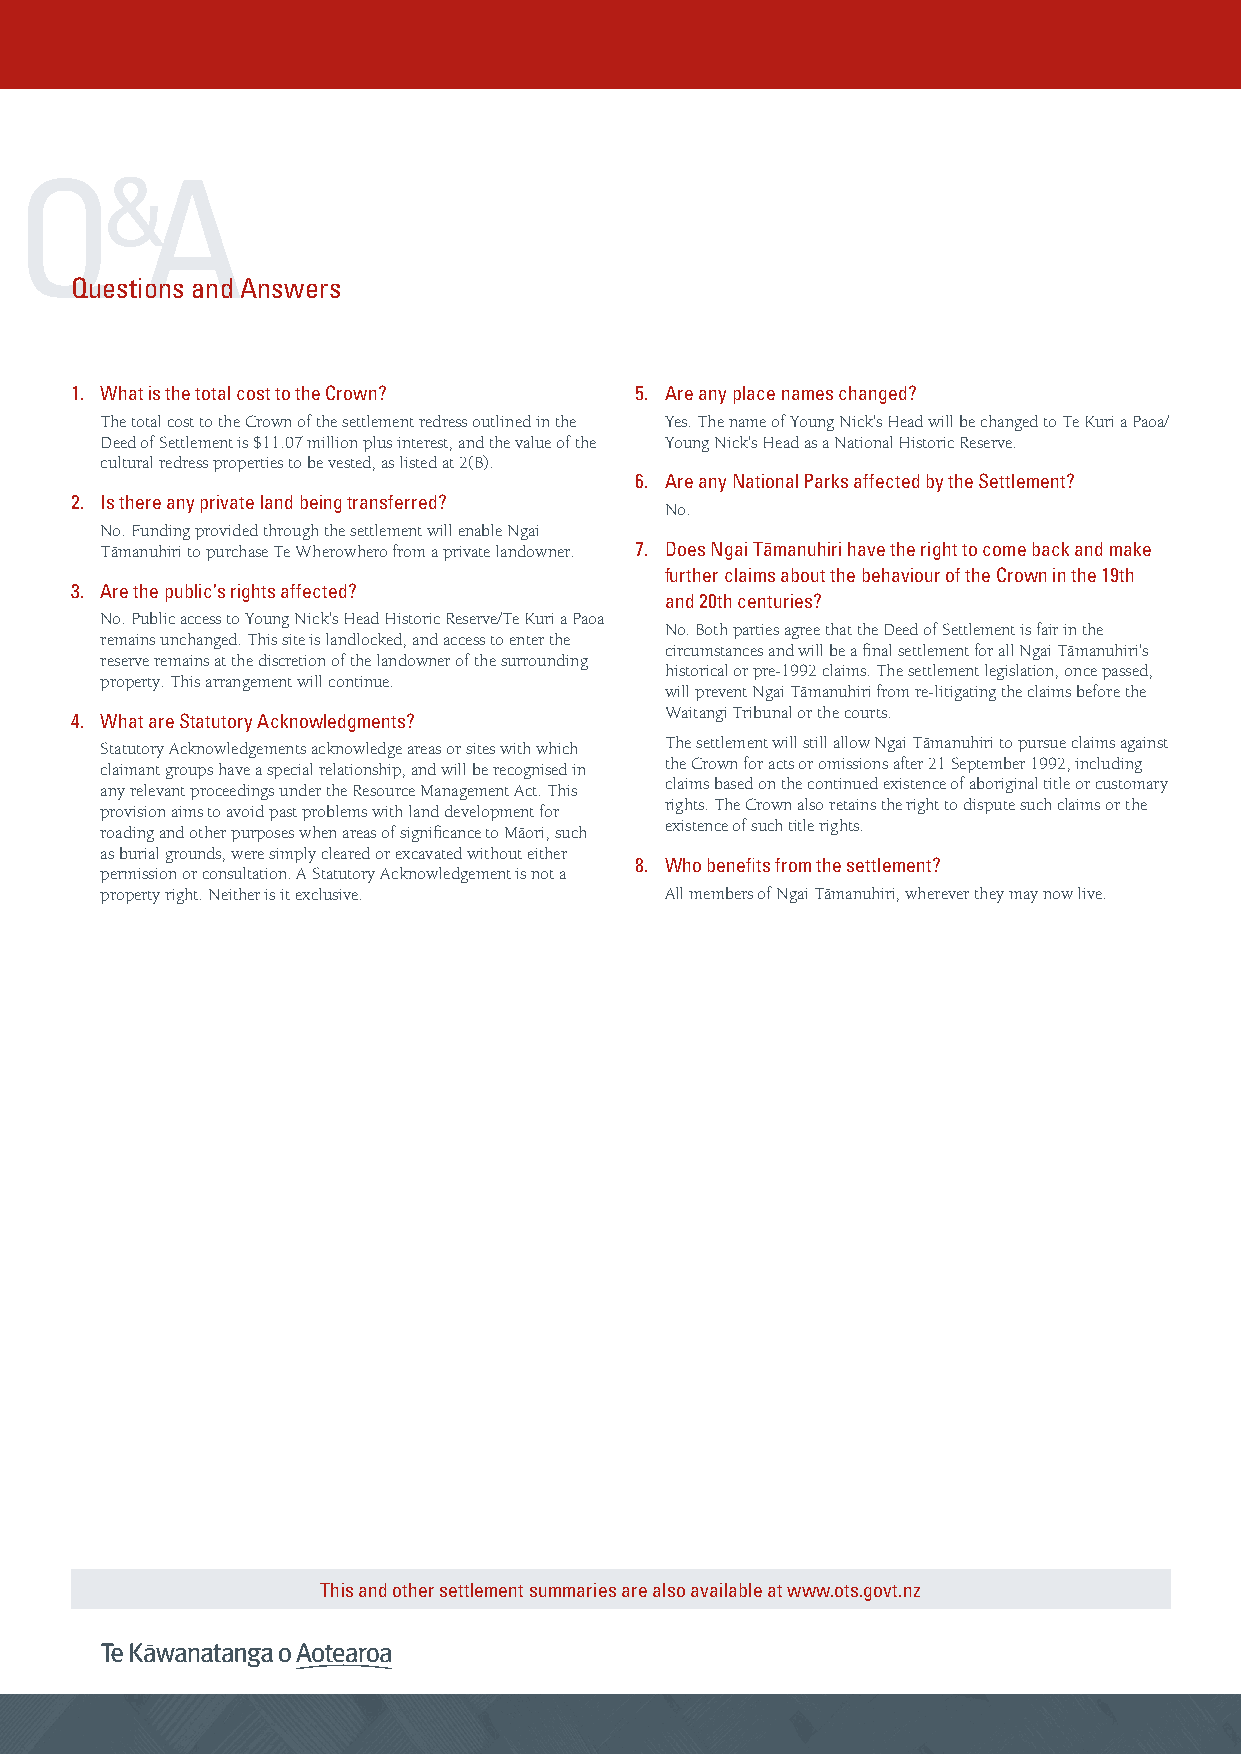
Q&A
 Questions and Answers
 1. What is the total cost to the Crown? 5. Are any place names changed?
 The total cost to the Crown of the settlement redress outlined in the Yes. The name of Young Nick’s Head will be changed to Te Kuri a Paoa/
 Deed of Settlement is $11.07 million plus interest, and the value of the Young Nick’s Head as a National Historic Reserve.
 cultural redress properties to be vested, as listed at 2(B).
 6. Are any National Parks affected by the Settlement?
 2. Is there any private land being transferred?
 No.
 No. Funding provided through the settlement will enable Ngai
 Tämanuhiri to purchase Te Wherowhero from a private landowner. 7. Does Ngai Tämanuhiri have the right to come back and make
 further claims about the behaviour of the Crown in the 19th
 3. Are the public’s rights affected?
 and 20th centuries?
 No. Public access to Young Nick’s Head Historic Reserve/Te Kuri a Paoa
 No. Both parties agree that the Deed of Settlement is fair in the
 remains unchanged. This site is landlocked, and access to enter the
 circumstances and will be a final settlement for all Ngai Tämanuhiri’s
 reserve remains at the discretion of the landowner of the surrounding
 historical or pre-1992 claims. The settlement legislation, once passed,
 property. This arrangement will continue.
 will prevent Ngai Tämanuhiri from re-litigating the claims before the
 Waitangi Tribunal or the courts.
 4. What are Statutory Acknowledgments?
 The settlement will still allow Ngai Tämanuhiri to pursue claims against
 Statutory Acknowledgements acknowledge areas or sites with which
 the Crown for acts or omissions after 21 September 1992, including
 claimant groups have a special relationship, and will be recognised in
 claims based on the continued existence of aboriginal title or customary
 any relevant proceedings under the Resource Management Act. This
 rights. The Crown also retains the right to dispute such claims or the
 provision aims to avoid past problems with land development for
 existence of such title rights.
 roading and other purposes when areas of significance to Mäori, such
 as burial grounds, were simply cleared or excavated without either
 8. Who benefits from the settlement?
 permission or consultation. A Statutory Acknowledgement is not a
 property right. Neither is it exclusive. All members of Ngai Tämanuhiri, wherever they may now live.
 This and other settlement summaries are also available at www.ots.govt.nz